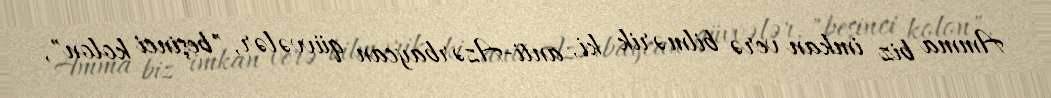
Amma biz imkan verə bilmərik ki, anti-Azərbaycan qüvvələr, "beşinci kolon",